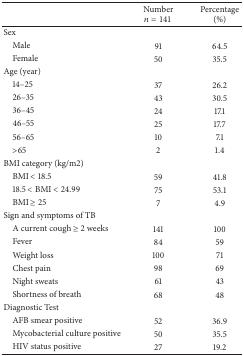
|  | Number n = 141 | Percentage(%) |
 | --- | --- | --- |
 | Sex |  |  |
 | Male | 91 | 64.5 |
 | Female | 50 | 35.5 |
 | Age (year) |  |  |
 | 14–25 | 37 | 26.2 |
 | 26–35 | 43 | 30.5 |
 | 36–45 | 24 | 17.1 |
 | 46–55 | 25 | 17.7 |
 | 56–65 | 10 | 7.1 |
 | >65 | 2 | 1.4 |
 | BMI category (kg/m2) |  |  |
 | BMI < 18.5 | 59 | 41.8 |
 | 18.5 < BMI < 24.99 | 75 | 53.1 |
 | BMI ≥ 25 | 7 | 4.9 |
 | Sign and symptoms of TB |  |  |
 | A current cough ≥ 2 weeks | 141 | 100 |
 | Fever | 84 | 59 |
 | Weight loss | 100 | 71 |
 | Chest pain | 98 | 69 |
 | Night sweats | 61 | 43 |
 | Shortness of breath | 68 | 48 |
 | Diagnostic Test |  |  |
 | AFB smear positive | 52 | 36.9 |
 | Mycobacterial culture positive | 50 | 35.5 |
 | HIV status positive | 27 | 19.2 |